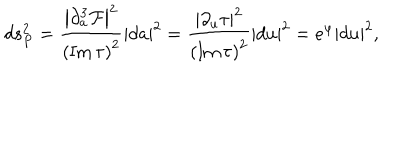
LaTeX: d s _ { P } ^ { 2 } = { \frac { \left| { \partial _ { a } ^ { 3 } { \cal F } } \right| ^ { 2 } } { \left( \mathrm { I m } \, \tau \right) ^ { 2 } } } | d a | ^ { 2 } = { \frac { \left| \partial _ { u } \tau \right| ^ { 2 } } { \left( \mathrm { I m } \, \tau \right) ^ { 2 } } } | d u | ^ { 2 } = e ^ { \varphi } | d u | ^ { 2 } ,